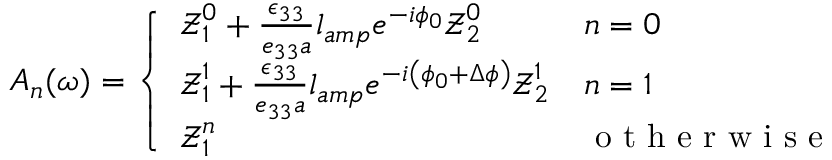
A _ { n } ( \omega ) = \left\{ \begin{array} { l l } { \boldsymbol { \mathcal { Z } } _ { 1 } ^ { 0 } + \frac { \epsilon _ { 3 3 } } { e _ { 3 3 } a } l _ { a m p } e ^ { - i \phi _ { 0 } } \boldsymbol { \mathcal { Z } } _ { 2 } ^ { 0 } } & { n = 0 } \\ { \boldsymbol { \mathcal { Z } } _ { 1 } ^ { 1 } + \frac { \epsilon _ { 3 3 } } { e _ { 3 3 } a } l _ { a m p } e ^ { - i \left( \phi _ { 0 } + \Delta \phi \right) } \boldsymbol { \mathcal { Z } } _ { 2 } ^ { 1 } } & { n = 1 } \\ { \boldsymbol { \mathcal { Z } } _ { 1 } ^ { n } } & { \mathrm { ~ o ~ t ~ h ~ e ~ r ~ w ~ i ~ s ~ e ~ } } \end{array} \right.